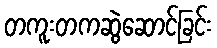
တကူးတကဆွဲဆောင်ခြင်း